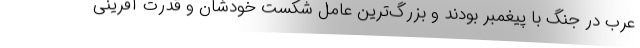
عرب در جنگ با پیغمبر بودند و بزرگ‌ترین عامل شکست خودشان و قدرت آفرینی